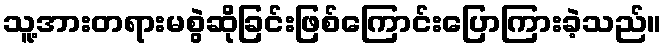
သူ့အားတရားမစွဲဆိုခြင်းဖြစ်ကြောင်းပြောကြားခဲ့သည်။